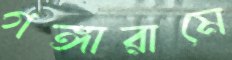
গঙ্গারামে